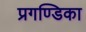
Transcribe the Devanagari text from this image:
प्रगण्डिका